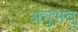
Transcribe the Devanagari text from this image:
अनुभवु